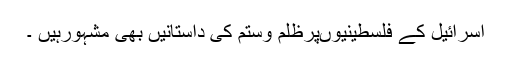
اسرائیل کے فلسطینیوںپرظلم وستم کی داستانیں بھی مشہورہیں ۔